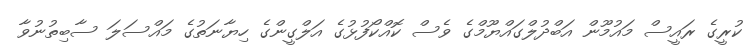
ކުރީގެ ރައީސް މައުމޫން އަބްދުލްގައްޔޫމްގެ ވެސް ކޮއްކޯފުޅުގެ އަލްގީންގެ ހިޔާނަތުގެ މައްސަލަ ސާބިތުނުވާ